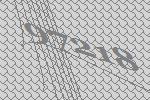
97218